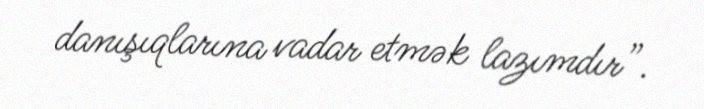
danışıqlarına vadar etmək lazımdır”.